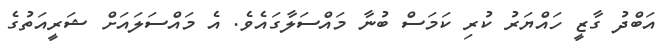
އަބްދު ގާޒީ ހައްޔަރު ކުރި ކަމަސް ބުނާ މައްސަލާގައެވެ. އެ މައްސަލައަށް ޝަރީއަތުގެ